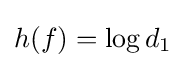
h(f)=\log d_{1}